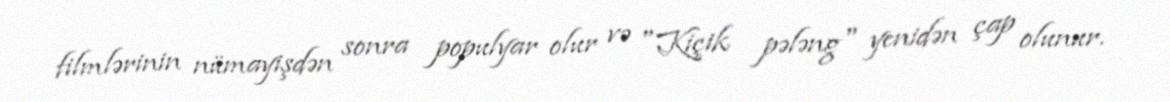
filmlərinin nümayişdən sonra populyar olur və "Kiçik pələng" yenidən çap olunur.